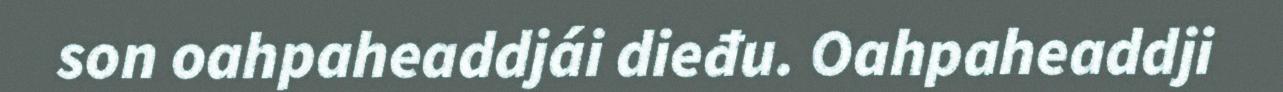
son oahpaheaddjái dieđu. Oahpaheaddji